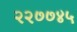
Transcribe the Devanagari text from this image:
२२७७४५